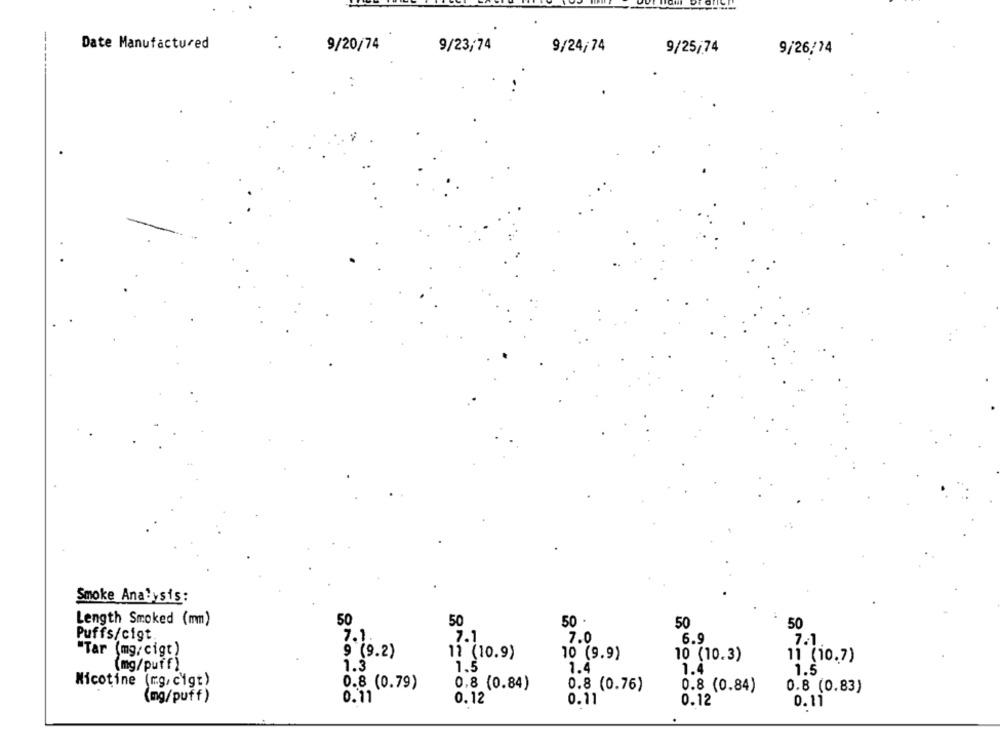
Date Manufactured
9/20/74
9/23/74
9/24/74
9/25/74
9/26/74
Smoke Analysis:
Length Smoked (mm)
50
50
50 .
50
50
Puffs/cigt
7.1
7.1
7.0
6.9
7.1
"Tar (mg/cigt)
9 (9.2)
11 (10.9)
10 (9.9)
10 (10.3)
11 (10.7)
(mg/puff)
1.3
1.5
1.4
1.4
1.5
Nicotine (mg, c'igt)
0.8 (0.79)
0,8 (0.84)
0.8 (0.76)
0.8 (0.84)
0.8 (0.83)
(mg/puff)
0.11
0.12
0.11
0.12
0.11